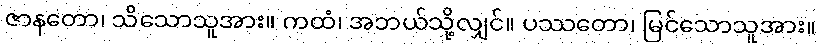
ဇာနတော၊ သိသောသူအား။ ကထံ၊ အဘယ်သို့လျှင်။ ပဿတော၊ မြင်သောသူအား။